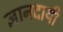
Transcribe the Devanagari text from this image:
ज्ञानदायी